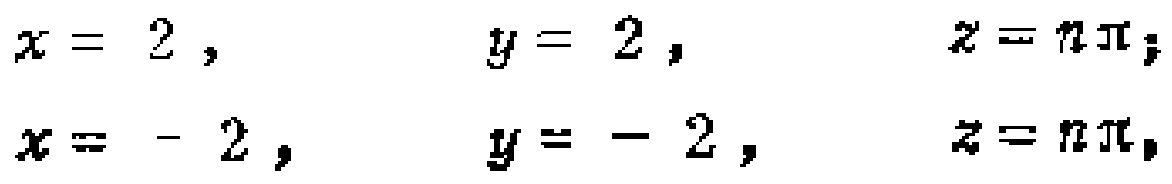
\[
\begin{align*}
x = 2, \quad y = 2, \quad z = n\pi;\\
x = -2, \quad y = -2, \quad z = n\pi,
\end{align*}
\]